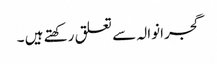
گجرانوالہ سے تعلق رکھتے ہیں ۔